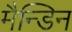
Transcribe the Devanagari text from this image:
मैन्डिन